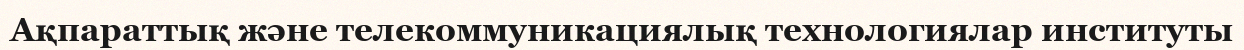
Ақпараттық және телекоммуникациялық технологиялар институты